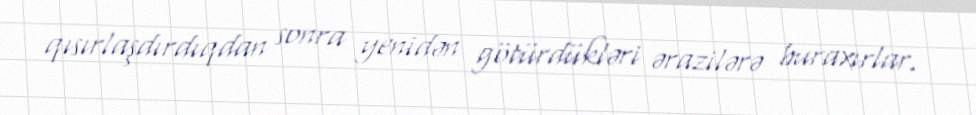
qısırlaşdırdıqdan sonra yenidən götürdükləri ərazilərə buraxırlar.